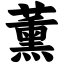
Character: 薰